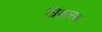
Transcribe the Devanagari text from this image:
त्रिकारक